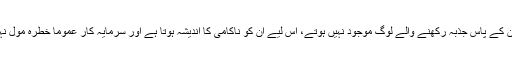
چونکہ ان کے پاس جذبہ رکھنے والے لوگ موجود نہیں ہوتے، اس لیے ان کو ناکامی کا اندیشہ ہوتا ہے اور سرمایہ کار عموماً خطرہ مول نہیں لیتے۔